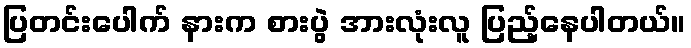
ပြတင်းပေါက် နားက စားပွဲ အားလုံးလူ ပြည့်နေပါတယ်။